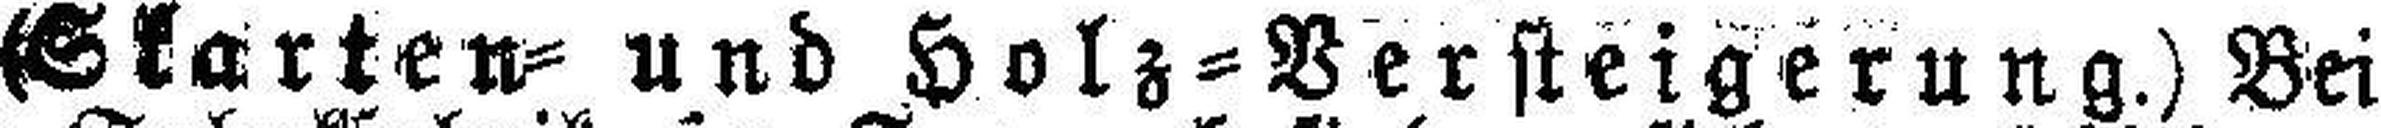
(Skarten= und Holz=Versteigerung.) Bei